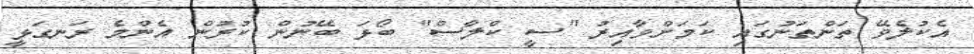
އެކުލެވޭ ތަންތަނުގައި ކަމަށްވާއިރު "ސީ ކްލާސް" ބޯޅަ ބޭނުން ކުރުން އެންމެ ރަނގަޅީ